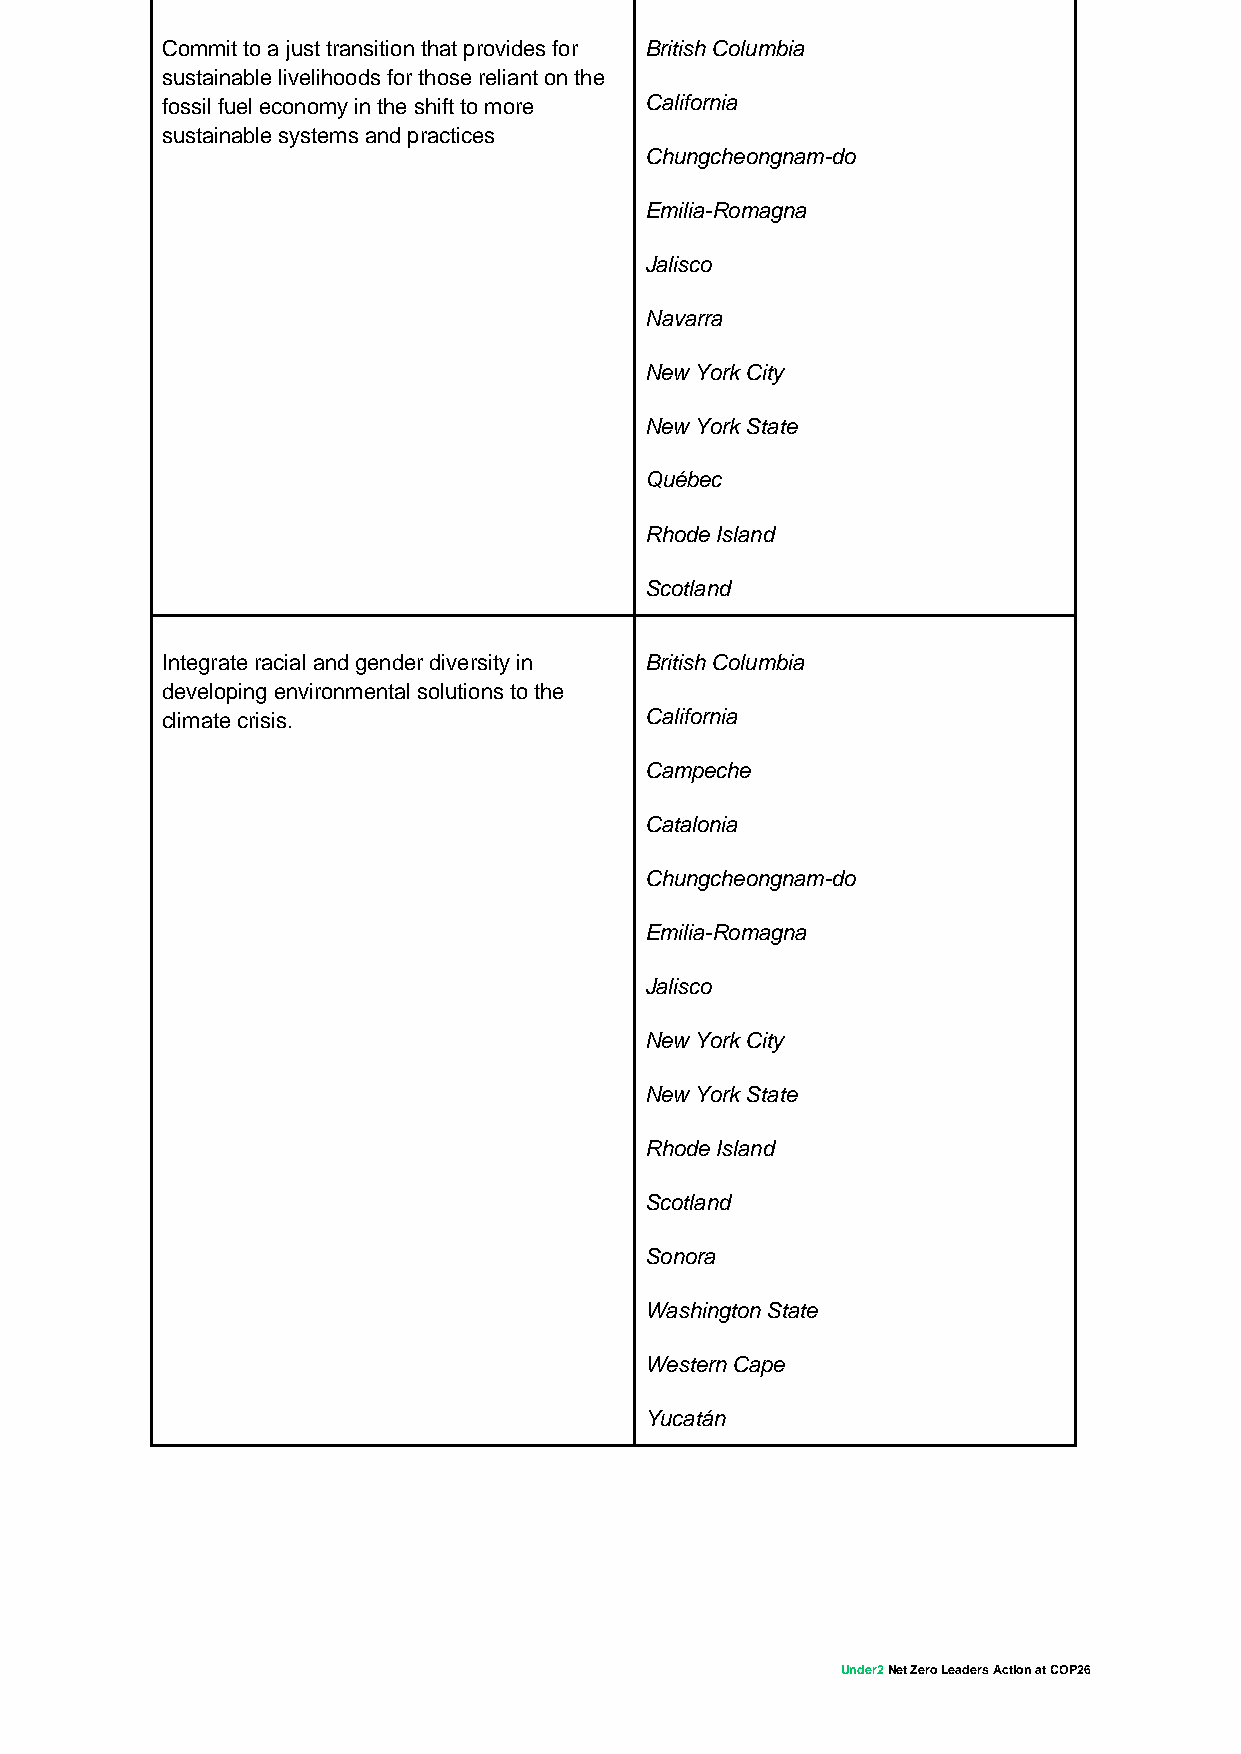
Commit to a just transition that provides for British Columbia
 sustainable livelihoods for those reliant on the
 fossil fuel economy in the shift to more California
 sustainable systems and practices
 Chungcheongnam-do
 Emilia-Romagna
 Jalisco
 Navarra
 New York City
 New York State
 Québec
 Rhode Island
 Scotland
 Integrate racial and gender diversity in British Columbia
 developing environmental solutions to the
 climate crisis.                 California
 Campeche
 Catalonia
 Chungcheongnam-do
 Emilia-Romagna
 Jalisco
 New York City
 New York State
 Rhode Island
 Scotland
 Sonora
 Washington State
 Western Cape
 Yucatán
 Under2 Net Zero Leaders Action at COP26